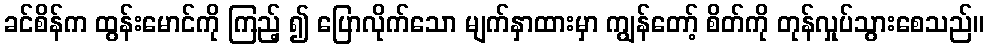
ခင်စိန်က ထွန်းမောင်ကို ကြည့် ၍ ပြောလိုက်သော မျက်နှာထားမှာ ကျွန်တော့် စိတ်ကို တုန်လှုပ်သွားစေသည်။